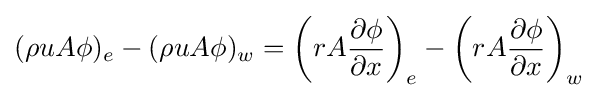
(\rho uA\phi )_{e}-(\rho uA\phi )_{w}=\left(rA{\frac {\partial \phi }{\partial x}}\right)_{e}-\left(rA{\frac {\partial \phi }{\partial x}}\right)_{w}